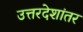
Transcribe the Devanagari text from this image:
उत्तरदेशांतर